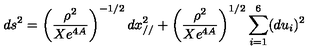
d s ^ { 2 } = \left( \frac { \rho ^ { 2 } } { X e ^ { 4 A } } \right) ^ { - 1 / 2 } d x _ { / / } ^ { 2 } + \left( \frac { \rho ^ { 2 } } { X e ^ { 4 A } } \right) ^ { 1 / 2 } \sum _ { i = 1 } ^ { 6 } ( d u _ { i } ) ^ { 2 }